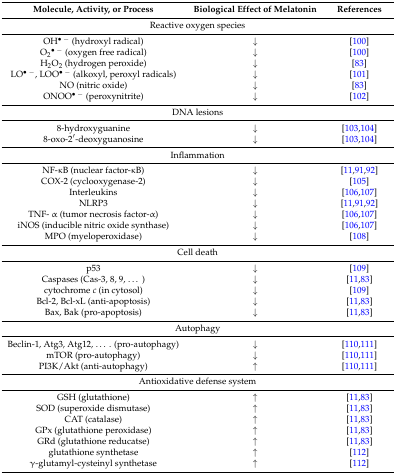
<table><thead><tr><td><b>Molecule, Activity, or Process</b></td><td><b>Biological Effect of Melatonin</b></td><td><b>References</b></td></tr></thead><tbody><tr><td colspan="3">Reactive oxygen species</td></tr><tr><td>OH<sup>• −</sup> (hydroxyl radical)</td><td>↓</td><td>[100]</td></tr><tr><td>O<sub>2</sub><sup>• −</sup> (oxygen free radical)</td><td>↓</td><td>[100]</td></tr><tr><td>H<sub>2</sub>O<sub>2</sub> (hydrogen peroxide)</td><td>↓</td><td>[83]</td></tr><tr><td>LO<sup>• −</sup>, LOO<sup>• −</sup> (alkoxyl, peroxyl radicals)</td><td>↓</td><td>[101]</td></tr><tr><td>NO (nitric oxide)</td><td>↓</td><td>[83]</td></tr><tr><td>ONOO<sup>• −</sup> (peroxynitrite)</td><td>↓</td><td>[102]</td></tr><tr><td colspan="3">DNA lesions</td></tr><tr><td>8-hydroxyguanine</td><td>↓</td><td>[103,104]</td></tr><tr><td>8-oxo-2′-deoxyguanosine</td><td>↓</td><td>[103,104]</td></tr><tr><td colspan="3">Inflammation</td></tr><tr><td>NF-κB (nuclear factor-κB)</td><td>↓</td><td>[11,91,92]</td></tr><tr><td>COX-2 (cyclooxygenase-2)</td><td>↓</td><td>[105]</td></tr><tr><td>Interleukins</td><td>↓</td><td>[106,107]</td></tr><tr><td>NLRP3</td><td>↓</td><td>[11,91,92]</td></tr><tr><td>TNF- α (tumor necrosis factor-α)</td><td>↓</td><td>[106,107]</td></tr><tr><td>iNOS (inducible nitric oxide synthase)</td><td>↓</td><td>[106,107]</td></tr><tr><td>MPO (myeloperoxidase)</td><td>↓</td><td>[108]</td></tr><tr><td colspan="3">Cell death</td></tr><tr><td>p53</td><td>↓</td><td>[109]</td></tr><tr><td>Caspases (Cas-3, 8, 9, ...)</td><td>↓</td><td>[11,83]</td></tr><tr><td>cytochrome <i>c</i> (in cytosol)</td><td>↓</td><td>[109]</td></tr><tr><td>Bcl-2, Bcl-xL (anti-apoptosis)</td><td>↓</td><td>[11,83]</td></tr><tr><td>Bax, Bak (pro-apoptosis)</td><td>↓</td><td>[11,83]</td></tr><tr><td colspan="3">Autophagy</td></tr><tr><td>Beclin-1, Atg3, Atg12, .... (pro-autophagy)</td><td>↓</td><td>[110,111]</td></tr><tr><td>mTOR (pro-autophagy)</td><td>↓</td><td>[110,111]</td></tr><tr><td>PI3K/Akt (anti-autophagy)</td><td>↑</td><td>[110,111]</td></tr><tr><td colspan="3">Antioxidative defense system</td></tr><tr><td>GSH (glutathione)</td><td>↑</td><td>[11,83]</td></tr><tr><td>SOD (superoxide dismutase)</td><td>↑</td><td>[11,83]</td></tr><tr><td>CAT (catalase)</td><td>↑</td><td>[11,83]</td></tr><tr><td>GPx (glutathione peroxidase)</td><td>↑</td><td>[11,83]</td></tr><tr><td>GRd (glutathione reducatse)</td><td>↑</td><td>[11,83]</td></tr><tr><td>glutathione synthetase</td><td>↑</td><td>[112]</td></tr><tr><td>γ-glutamyl-cysteinyl synthetase</td><td>↑</td><td>[112]</td></tr></tbody></table>